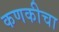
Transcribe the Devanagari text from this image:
कणकीचा